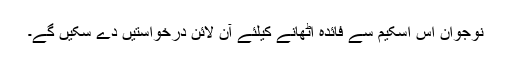
نوجوان اس اسکیم سے فائدہ اٹھانے کیلئے آن لائن درخواستیں دے سکیں گے۔